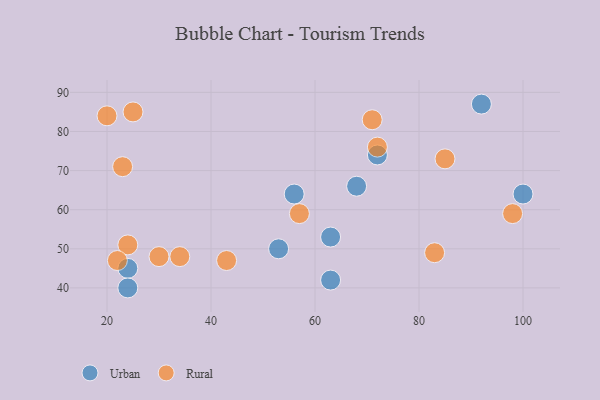
{"axis": {"x": "GDP", "y": "Life Expectancy"}, "legend": ["Rural", "Urban"], "data": [{"x": "72", "y": 74, "type": "Urban"}, {"x": "24", "y": 45, "type": "Urban"}, {"x": "68", "y": 66, "type": "Urban"}, {"x": "63", "y": 53, "type": "Urban"}, {"x": "63", "y": 42, "type": "Urban"}, {"x": "56", "y": 64, "type": "Urban"}, {"x": "53", "y": 50, "type": "Urban"}, {"x": "24", "y": 40, "type": "Urban"}, {"x": "92", "y": 87, "type": "Urban"}, {"x": "100", "y": 64, "type": "Urban"}, {"x": "57", "y": 59, "type": "Rural"}, {"x": "85", "y": 73, "type": "Rural"}, {"x": "23", "y": 71, "type": "Rural"}, {"x": "20", "y": 84, "type": "Rural"}, {"x": "34", "y": 48, "type": "Rural"}, {"x": "30", "y": 48, "type": "Rural"}, {"x": "43", "y": 47, "type": "Rural"}, {"x": "72", "y": 76, "type": "Rural"}, {"x": "25", "y": 85, "type": "Rural"}, {"x": "24", "y": 51, "type": "Rural"}, {"x": "98", "y": 59, "type": "Rural"}, {"x": "71", "y": 83, "type": "Rural"}, {"x": "22", "y": 47, "type": "Rural"}, {"x": "83", "y": 49, "type": "Rural"}]}